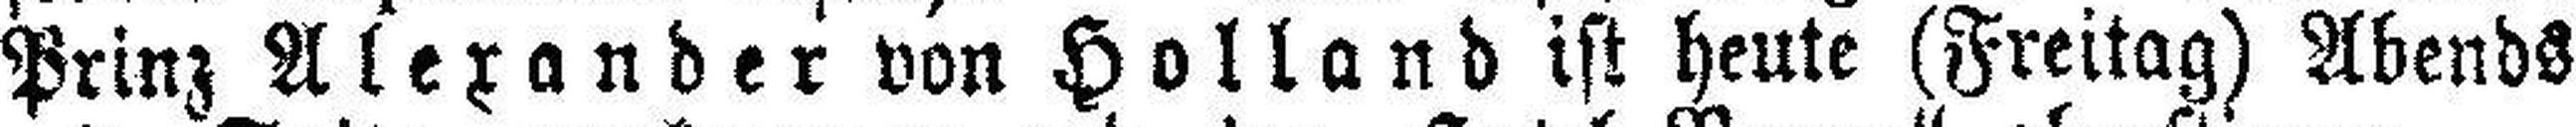
Prinz Alexander von Holland ist heute (Freitag) Abends